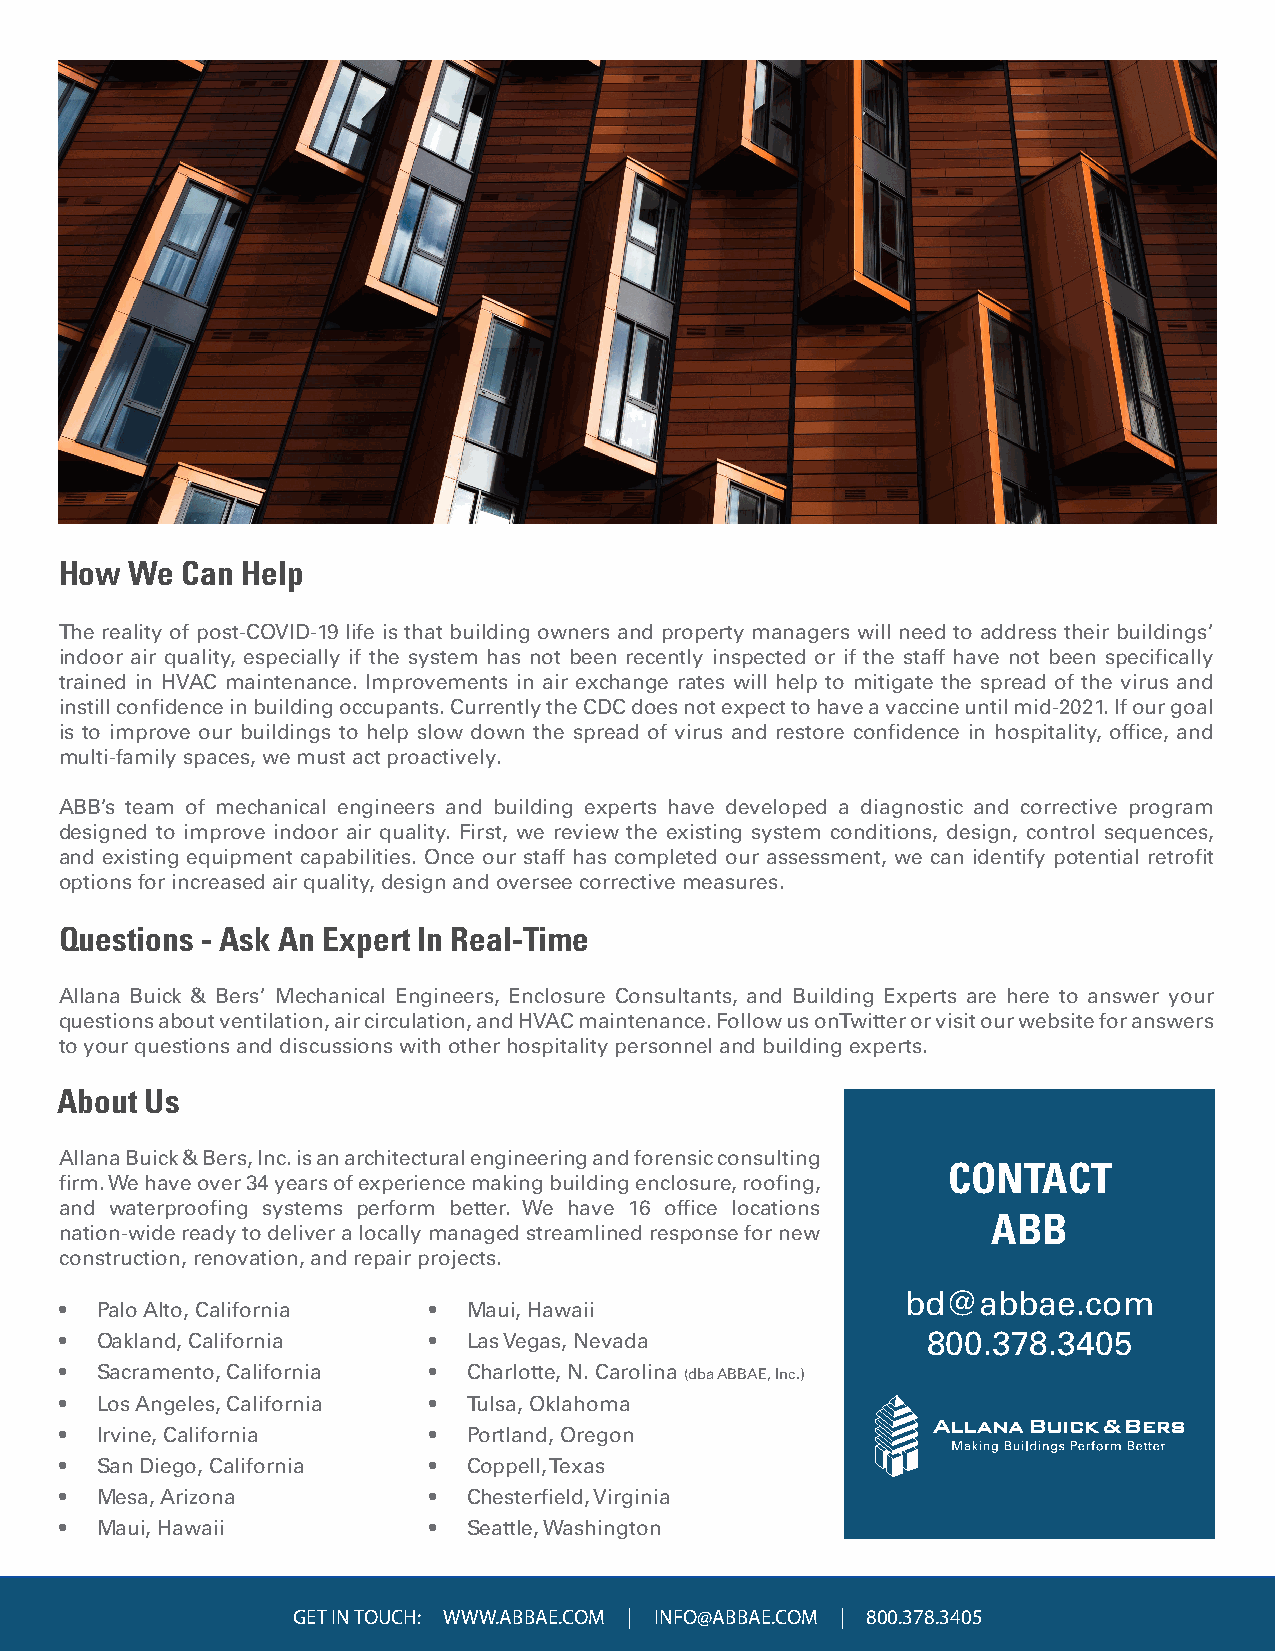
How  We Can Help
 The reality of post-COVID-19 life is that building owners and property managers will need to address their buildings’
 indoor air quality, especially if the system has not been recently inspected or if the staff have not been specifically
 trained in HVAC maintenance. Improvements in air exchange rates will help to mitigate the spread of the virus and
 instill confidence in building occupants. Currently the CDC does not expect to have a vaccine until mid-2021. If our goal
 is to improve our buildings to help slow down the spread of virus and restore confidence in hospitality, office, and
 multi-family spaces, we must act proactively.
 ABB’s team of mechanical engineers and building experts have developed a diagnostic and corrective program
 designed to improve indoor air quality. First, we review the existing system conditions, design, control sequences,
 and existing equipment capabilities. Once our staff has completed our assessment, we can identify potential retrofit
 options for increased air quality, design and oversee corrective measures.
 Questions - Ask An Expert In Real-Time
 Allana Buick & Bers’ Mechanical Engineers, Enclosure Consultants, and Building Experts are here to answer your
 questions about ventilation, air circulation, and HVAC maintenance. Follow us on Twitter or visit our website for answers
 to your questions and discussions with other hospitality personnel and building experts.
 About Us
 Allana Buick & Bers, Inc. is an architectural engineering and forensic consulting
 CONTACT
 firm. We have over 34 years of experience making building enclosure, roofing,
 and waterproofing systems perform better. We have 16 office locations
 ABB
 nation-wide ready to deliver a locally managed streamlined response for new
 construction, renovation, and repair projects.
 bd@abbae.com
 • Palo Alto, California •  Maui, Hawaii
 • Oakland, California   •  Las Vegas, Nevada             800.378.3405
 • Sacramento, California • Charlotte, N. Carolina (dba ABBAE, Inc.)
 • Los Angeles, California • Tulsa, Oklahoma
 • Irvine, California    •  Portland, Oregon
 • San Diego, California •  Coppell, Texas
 • Mesa, Arizona         •  Chesterfield, Virginia
 • Maui, Hawaii          •  Seattle, Washington
 GET IN TOUCH: WWW.ABBAE.COM | INFO@ABBAE.COM | 800.378.3405